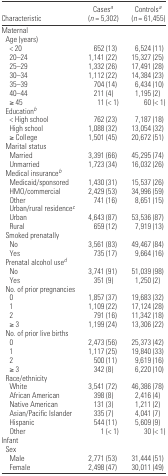
<table><thead><tr><td><b>Characteristic</b></td><td><b>Casesa (<i>n</i> = 5,302)</b></td><td><b>Controlsa (<i>n</i> = 61,455)</b></td></tr></thead><tbody><tr><td colspan="3">Maternal</td></tr><tr><td colspan="3"> Age (years)</td></tr><tr><td>&lt; 20</td><td>652 (13)</td><td>6,524 (11)</td></tr><tr><td>20–24</td><td>1,141 (22)</td><td>15,327 (25)</td></tr><tr><td>25–29</td><td>1,332 (26)</td><td>17,491 (28)</td></tr><tr><td>30–34</td><td>1,112 (22)</td><td>14,384 (23)</td></tr><tr><td>35–39</td><td>704 (14)</td><td>6,434 (10)</td></tr><tr><td>40–44</td><td>211 (4)</td><td>1,195 (2)</td></tr><tr><td>≥ 45</td><td>11 (&lt; 1)</td><td>60 (&lt; 1)</td></tr><tr><td colspan="3"> Educationb</td></tr><tr><td>&lt; High school</td><td>762 (23)</td><td>7,187 (18)</td></tr><tr><td>High school</td><td>1,088 (32)</td><td>13,054 (32)</td></tr><tr><td>≥ College</td><td>1,501 (45)</td><td>20,672 (51)</td></tr><tr><td colspan="3"> Marital status</td></tr><tr><td>Married</td><td>3,391 (66)</td><td>45,295 (74)</td></tr><tr><td>Unmarried</td><td>1,723 (34)</td><td>16,032 (26)</td></tr><tr><td colspan="3"> Medical insuranceb</td></tr><tr><td>Medicaid/sponsored</td><td>1,430 (31)</td><td>15,537 (26)</td></tr><tr><td>HMO/commercial</td><td>2,429 (53)</td><td>34,996 (59)</td></tr><tr><td>Other</td><td>741 (16)</td><td>8,651 (15)</td></tr><tr><td colspan="3">Urban/rural residencec</td></tr><tr><td>Urban</td><td>4,643 (87)</td><td>53,536 (87)</td></tr><tr><td>Rural</td><td>659 (12)</td><td>7,919 (13)</td></tr><tr><td colspan="3"> Smoked prenatally</td></tr><tr><td>No</td><td>3,561 (83)</td><td>49,467 (84)</td></tr><tr><td>Yes</td><td>735 (17)</td><td>9,664 (16)</td></tr><tr><td colspan="3"> Prenatal alcohol used</td></tr><tr><td>No</td><td>3,741 (91)</td><td>51,039 (98)</td></tr><tr><td>Yes</td><td>351 (9)</td><td>1,250 (2)</td></tr><tr><td colspan="3"> No. of prior pregnancies</td></tr><tr><td>0</td><td>1,857 (37)</td><td>19,683 (32)</td></tr><tr><td>1</td><td>1,109 (22)</td><td>17,124 (28)</td></tr><tr><td>2</td><td>791 (16)</td><td>11,342 (18)</td></tr><tr><td>≥ 3</td><td>1,199 (24)</td><td>13,306 (22)</td></tr><tr><td colspan="3"> No. of prior live births</td></tr><tr><td>0</td><td>2,473 (56)</td><td>25,373 (42)</td></tr><tr><td>1</td><td>1,117 (25)</td><td>19,840 (33)</td></tr><tr><td>2</td><td>500 (11)</td><td>9,619 (16)</td></tr><tr><td>≥ 3</td><td>342 (8)</td><td>6,220 (10)</td></tr><tr><td colspan="3"> Race/ethnicity</td></tr><tr><td>White</td><td>3,541 (72)</td><td>46,386 (78)</td></tr><tr><td>African American</td><td>398 (8)</td><td>2,416 (4)</td></tr><tr><td>Native American</td><td>131 (3)</td><td>1,211 (2)</td></tr><tr><td>Asian/Pacific Islander</td><td>335 (7)</td><td>4,041 (7)</td></tr><tr><td>Hispanic</td><td>544 (11)</td><td>5,609 (9)</td></tr><tr><td>Other</td><td>1 (&lt; 1)</td><td>30 (&lt; 1)</td></tr><tr><td colspan="3">Infant</td></tr><tr><td colspan="3"> Sex</td></tr><tr><td>Male</td><td>2,771 (53)</td><td>31,444 (51)</td></tr><tr><td>Female</td><td>2,498 (47)</td><td>30,011 (49)</td></tr></tbody></table>